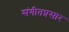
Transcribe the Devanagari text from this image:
संगीतप्रसार